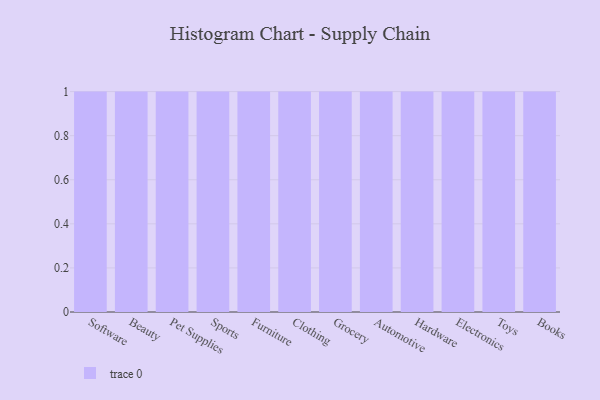
{"axis": {"x": "Category", "y": "Operating Costs (USD K)"}, "legend": [""], "data": [{"x": "Software", "y": 93, "type": ""}, {"x": "Beauty", "y": 64, "type": ""}, {"x": "Pet Supplies", "y": 9, "type": ""}, {"x": "Sports", "y": 55, "type": ""}, {"x": "Furniture", "y": 56, "type": ""}, {"x": "Clothing", "y": 59, "type": ""}, {"x": "Grocery", "y": 75, "type": ""}, {"x": "Automotive", "y": 87, "type": ""}, {"x": "Hardware", "y": 49, "type": ""}, {"x": "Electronics", "y": 37, "type": ""}, {"x": "Toys", "y": 22, "type": ""}, {"x": "Books", "y": 18, "type": ""}]}